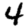
Digit: 4